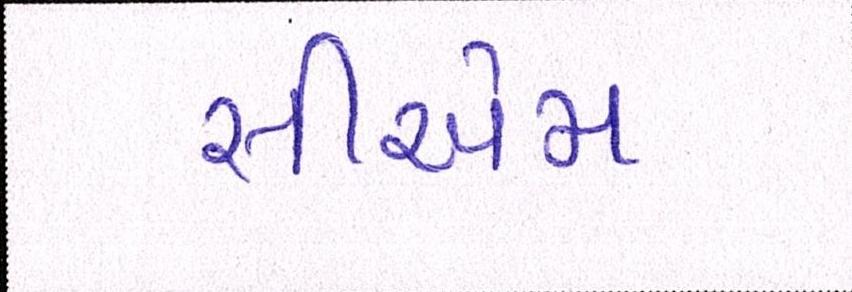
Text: સીએમ